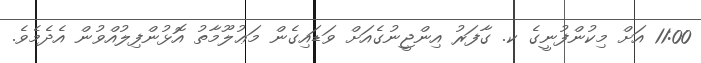
11:00 އަށް މިކުންފުނީގެ ކ. ގާފަރު އިންޖީނުގެއަށް ވަޑައިގެން މަޢުލޫމާތު އޮޅުންފިލުއްވުން އެދެމެވެ.